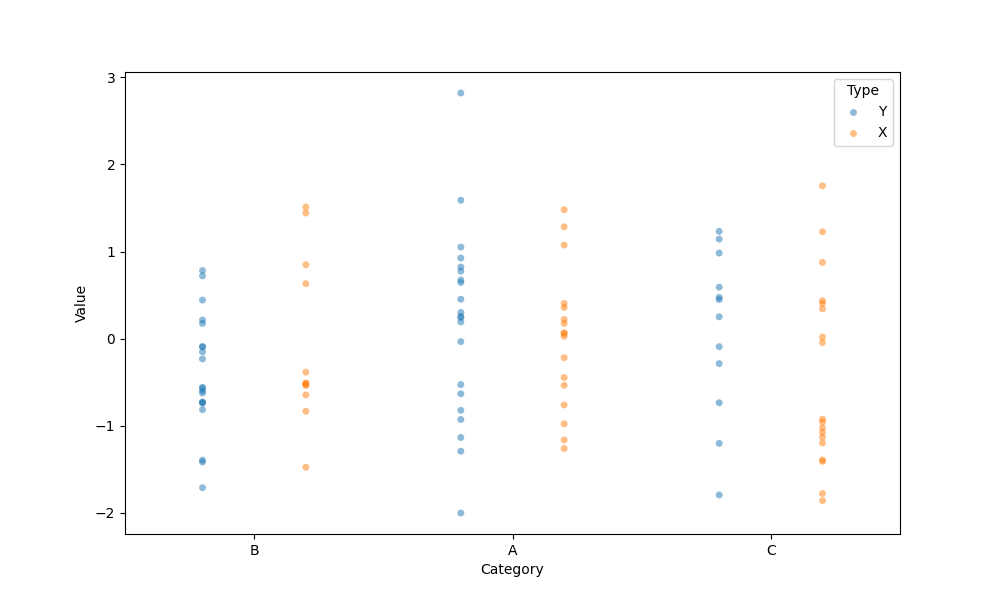
python, seaborn, stripplot, jitter=False, dodge=True, alpha=0.5, size=5